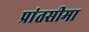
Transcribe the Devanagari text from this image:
प्रांतसीमा